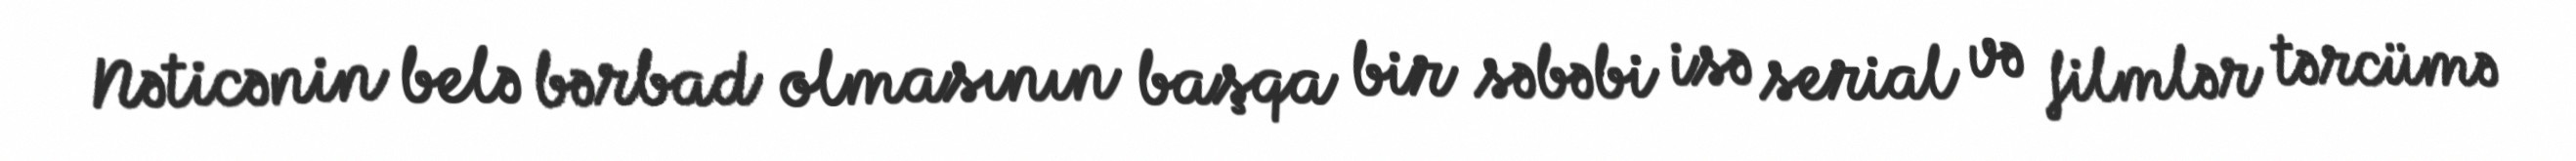
Nəticənin belə bərbad olmasının başqa bir səbəbi isə serial və filmlər tərcümə